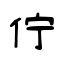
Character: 佇